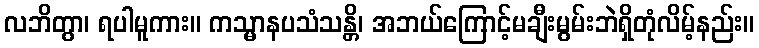
လဘိတွာ၊ ရပါမူကား။ ကသ္မာနပသံသန္တိ၊ အဘယ်ကြောင့်မချီးမွမ်းဘဲရှိတုံလိမ့်နည်း။